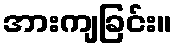
အားကျခြင်း။